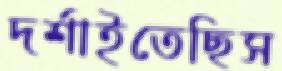
দর্শাইতেছিস